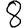
Digit: 8